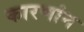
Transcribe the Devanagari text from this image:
कारणांन